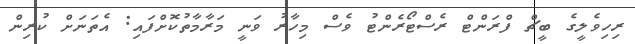
ރިހިވެލީގެ ބީޗް ފްރަންޓް ރެސްޓޯރެންޓު ވެސް މިހާރު ވަނީ މަރާމާތުކޮށްފައި: އެތަނަށް ކުރިން